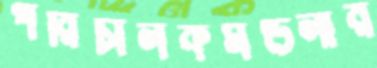
পরিচালকমণ্ডলীর